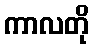
ကာလတို